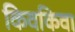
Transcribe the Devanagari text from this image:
किवकिवा